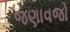
જણાવજો